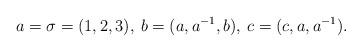
LaTeX: \begin{align*}a=\sigma=(1,2,3),\: b=(a,a^{-1},b),\: c=(c,a,a^{-1}).\end{align*}